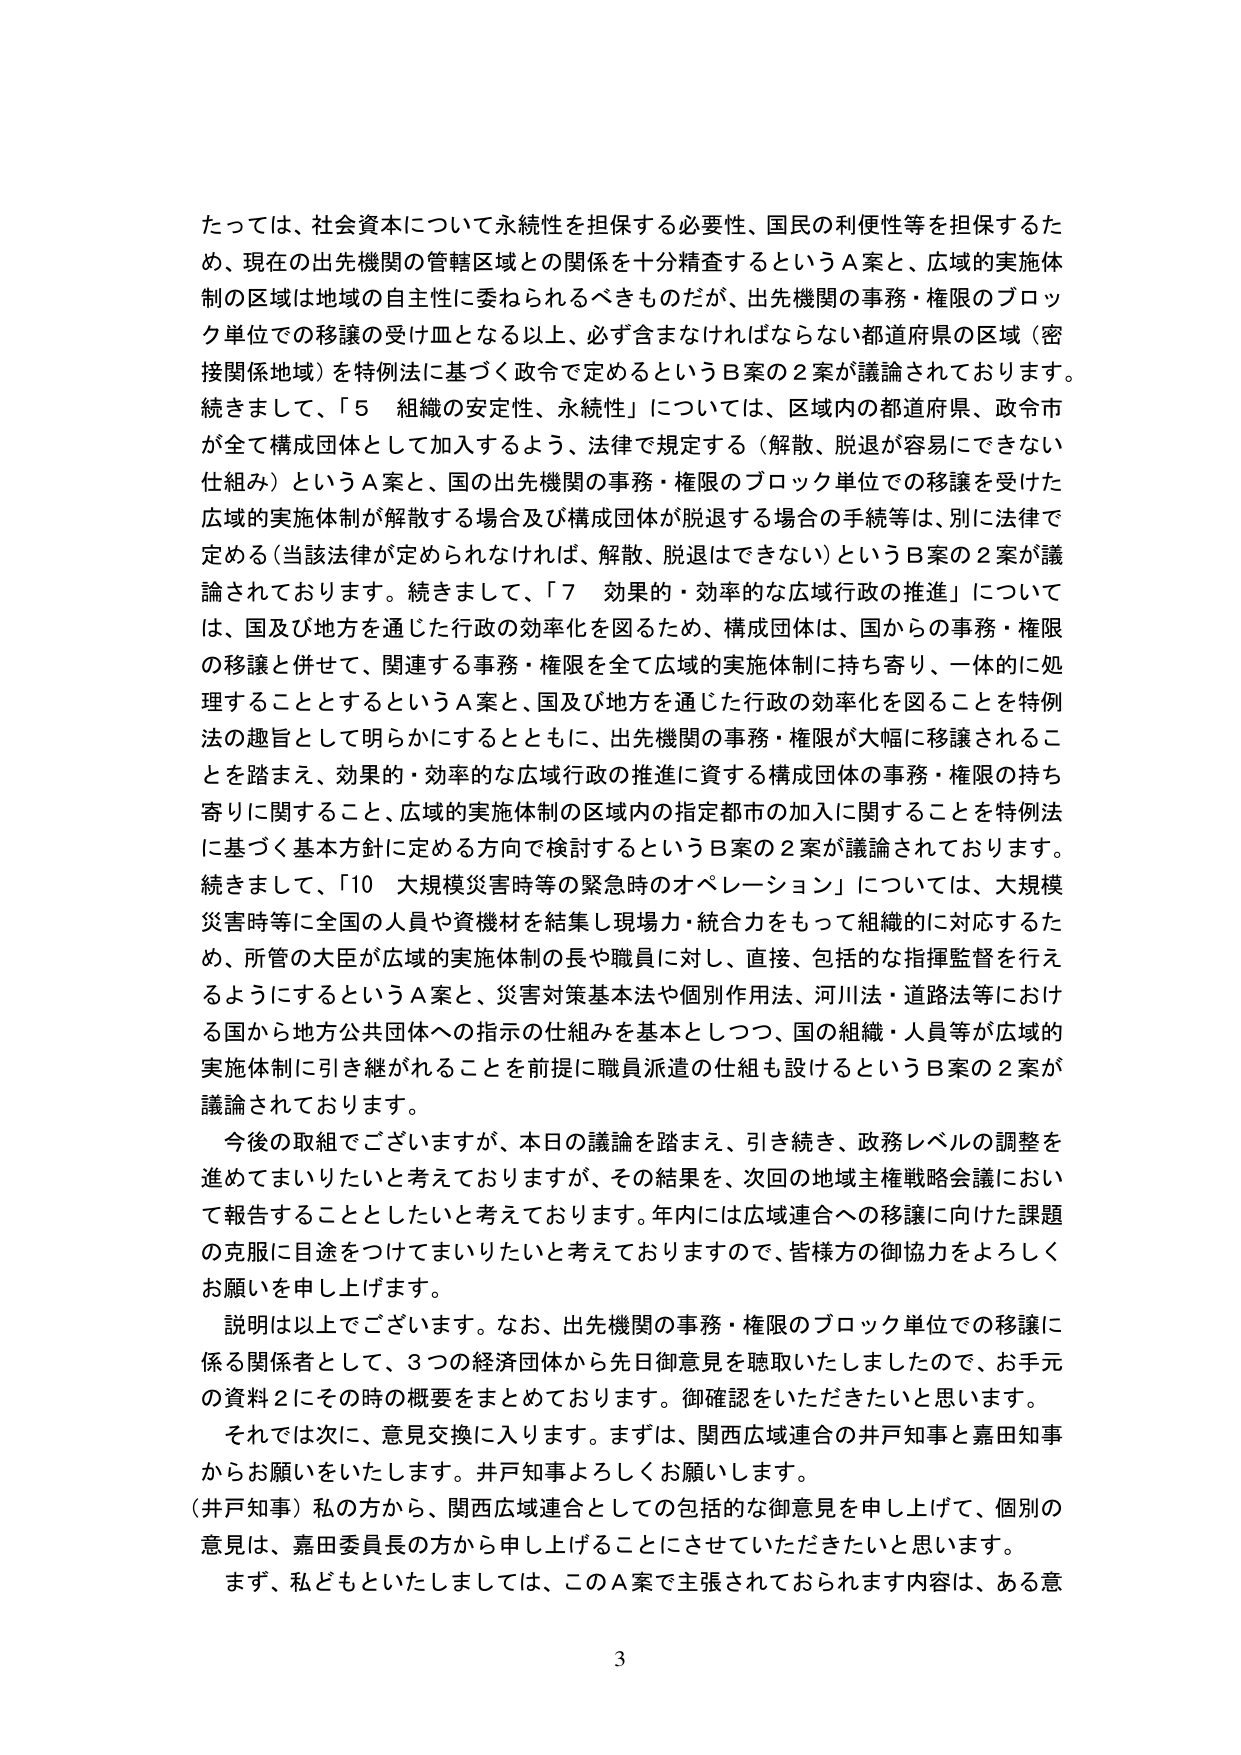
たっては、社会資本について永続性を担保する必要性、国民の利便性等を担保するため、現在の出先機関の管轄区域との関係を十分精査するというＡ案と、広域の実施体制の区域は地域の自主性に委ねられるべきものだが、出先機関の事務・権限のブロック単位での移譲の受け皿となる以上、必ず含まなければならない都道府県の区域（密接関係地域）を特例法に基づく政令で定めるというＢ案の２案が議論されております。
続きまして、「５　組織の安定性、永続性」については、区域内の都道府県、政令市が全て構成団体として加入するよう、法律で規定する（解散、脱退が容易にできない仕組み）というＡ案と、国の出先機関の事務・権限のブロック単位での移譲を受けた広域の実施体制が解散する場合及び構成団体が脱退する場合の手続等は、別に法律で定める（当該法律が定められなければ、解散、脱退はできない）というＢ案の２案が議論されております。
続きまして、「７　効果的・効率的な広域行政の推進」については、国及び地方を通じた行政の効率化を図るため、構成団体は、国からの事務・権限の移譲と併せて、関連する事務・権限を全て広域的実施体制に持ち寄り、一体的に処理することとするというＡ案と、国及び地方を通じた行政の効率化を図ることを特例法の趣旨として明らかにするとともに、出先機関の事務・権限が大幅に移譲されることを踏まえ、効果的・効率的な広域行政の推進に資する構成団体の事務・権限の持ち寄りに関すること、広域的実施体制の区域内の指定都市の加入に関することを特例法に基づく基本方針に定める方向で検討するというＢ案の２案が議論されております。
続きまして、「10　大規模災害時等の緊急時のオペレーション」については、大規模災害時等に全国の人員や資機材を結集し現場力・統合力をもって組織的に対応するため、所管の大臣が広域的実施体制の長や職員に対し、直接、包括的な指揮監督を行うようにするというＡ案と、災害対策基本法や個別作用法、河川法・道路法等における国から地方公共団体への指示の仕組みを基本としつつ、国の組織・人員等が広域的実施体制に引き継がれることを前提に職員派遣の仕組も設けるというＢ案の２案が議論されております。

今後の取組でございますが、本日の議論を踏まえ、引き続き、政務レベルの調整を進めてまいりたいと考えておりますが、その結果を、次回の地域主権戦略会議において報告することとしたいと考えております。年内には広域連合への移譲に向けた課題の克服に目途をつけてまいりたいと考えておりますので、皆様方の御協力をよろしくお願いを申し上げます。

説明は以上でございます。なお、出先機関の事務・権限のブロック単位での移譲に係る関係者として、３つの経済団体から先日御意見を聴取いたしましたので、お手元の資料２にその時の概要をまとめております。御確認をいただきたいと思います。

それでは次に、意見交換に入ります。まずは、関西広域連合の井戸知事と嘉田知事からお願いをいたします。井戸知事よろしくお願いします。

（井戸知事）私の方から、関西広域連合としての包括的な御意見を申し上げて、個別の意見は、嘉田委員長の方から申し上げることにさせていただきたいと思います。

まず、私どもといたしましては、このＡ案で主張されておられます内容は、ある意

3